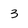
Character: 3